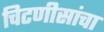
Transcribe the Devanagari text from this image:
चिटणीसांचा